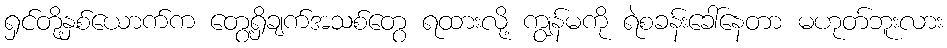
ရှင်တို့နှစ်ယောက်က တွေ့ရှိချက်အသစ်တွေ ရထားလို့ ကျွန်မကို ရဲစခန်းခေါ်နေတာ မဟုတ်ဘူးလား